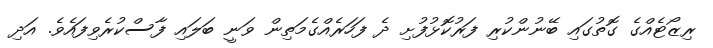
ރިޒޯޓެއްގެ ގޮތުގައި ބޭނުންކުރި ފަރުކޮޅުފުށި ދެ ފަހަރެއްގެމަތިން ވަނީ ބަލައި ފާސްކުރެވިފައެވެ. އަދި